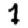
Digit: 1